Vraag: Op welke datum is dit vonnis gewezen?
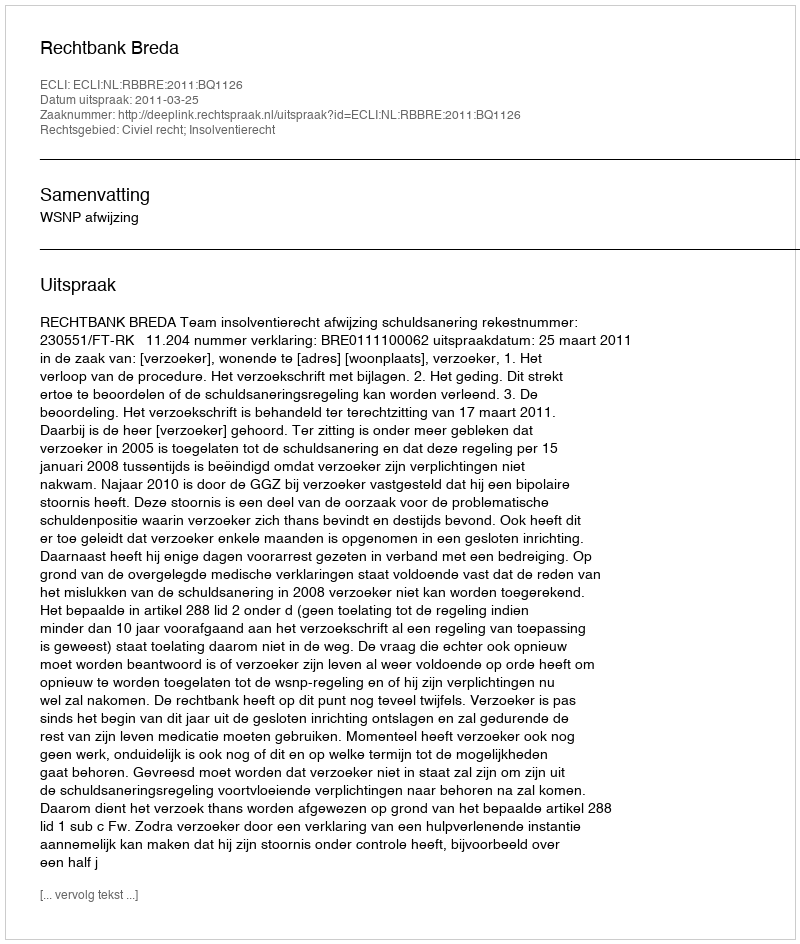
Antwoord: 2011-03-25